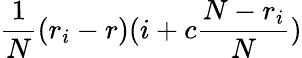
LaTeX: \frac{1}{N}(r_{i}-r)(i+c\frac{N-r_{i}}{N})